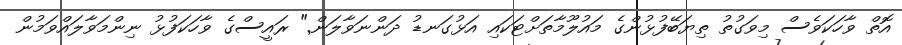
އޮތް ވާހަކަވެސް މިވަގުތު ތިޔަބޭފުޅުންގެ މައުލޫމާތަށްޓަކައި އަޅުގަނޑު ދަންނަވާލަން